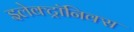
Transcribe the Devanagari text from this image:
इलेक्ट्रॉनिक्‍स